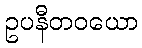
ဥပနီတဝယော